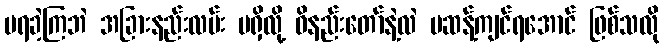
မရခဲ့ကြဘဲ အခြားနည်းလမ်း မရှိလို့ ဝိနည်းတော်နဲ့လဲ မဆန့်ကျင်ရအောင် ဖြစ်သလို